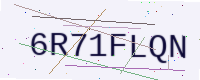
Text: 6R71FLQN